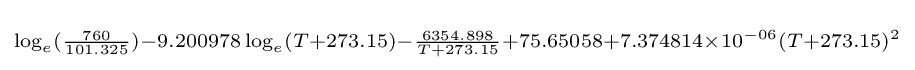
\scriptstyle \log _{e}({\frac {760}{101.325}})-9.200978\log _{e}(T+273.15)-{\frac {6354.898}{T+273.15}}+75.65058+7.374814\times 10^{-06}(T+273.15)^{2}